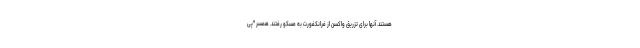
هستند. آنها برای تزریق واکسن از فرانکفورت به مسکو رفتند. همسر "پی